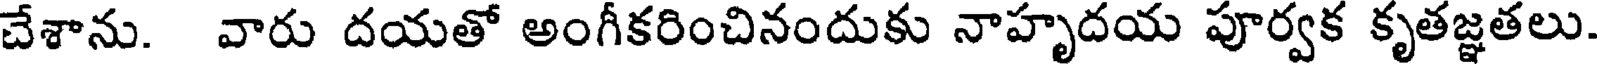
చేశాను. వారు దయతో అంగీకరించినందుకు నాహృదయ పూర్వక కృతజ్ఞతలు.